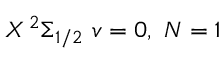
X \, ^ { 2 } \Sigma _ { 1 / 2 } \ v = 0 , \ N = 1